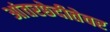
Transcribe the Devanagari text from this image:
आंतरछेदीतेवर